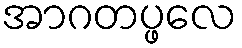
အာဂတပ္ဖလေ